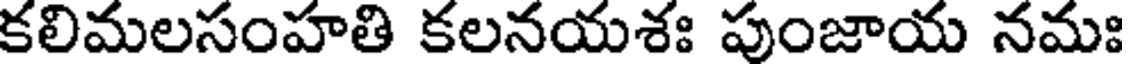
కలిమలసంహతి కలనయశః పుంజాయ నమః